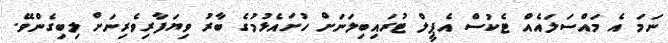
ނަމަ އެ މައްސަލައެއް ޓެކުސް އެޕީލް ޓުރައިބިލަނަށް ހުށައެޅުމުގެ ބާރު ވިޔަފާރިވެރިނަށް ލިބިގެންވޭ.